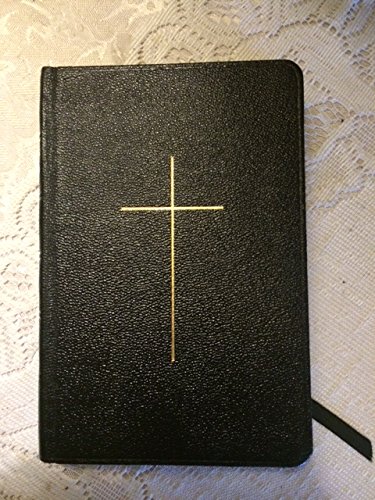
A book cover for The Book of Common Prayer and Administration of the Sacraments and Other Rites and Ceremonies of the Church; John Wallace (Custodian of the Standard Book of Common prayer) Suter; Christian Books & Bibles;